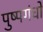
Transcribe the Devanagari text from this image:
पुष्पगंधों